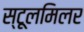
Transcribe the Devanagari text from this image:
स्टूलमिलर